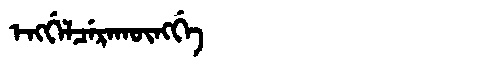
Manchu: ᡝᠩᡤᡝᠯᠴᡝᡵᠠᡴᡡᠩᡤᡝ
Romanization: ENGGELCERAKŪNGGE